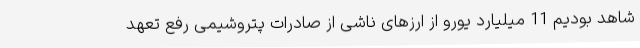
شاهد بودیم 11 میلیارد یورو از ارزهای ناشی از صادرات پتروشیمی رفع تعهد